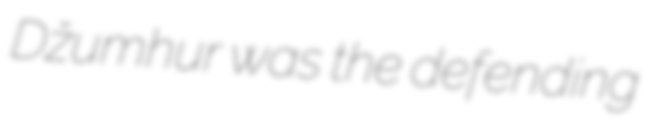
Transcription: Džumhur was the defending